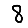
Digit: 8